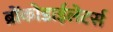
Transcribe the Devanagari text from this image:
ब्रोंकोडाईलेटर्स